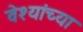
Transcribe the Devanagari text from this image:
वेश्यांच्या